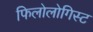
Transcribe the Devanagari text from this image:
फिलोलोगिस्ट